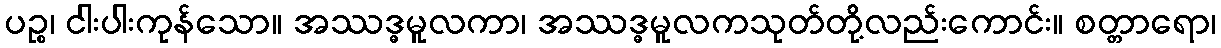
ပဉ္စ၊ ငါးပါးကုန်သော။ အဿဒ္ဓမူလကာ၊ အဿဒ္ဓမူလကသုတ်တို့လည်းကောင်း။ စတ္တာရော၊